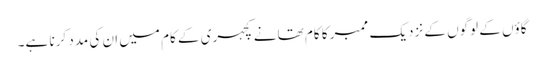
گاؤں کے لوگوں کے نزدیک ممبر کا کام تھانے کچہری کے کام میں ان کی مدد کرنا ہے۔